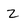
Character: z